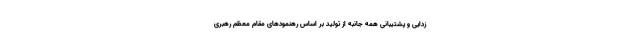
زدایی و پشتیبانی همه جانبه از تولید بر اساس رهنمود‌های مقام معظم رهبری